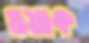
ওয়াক